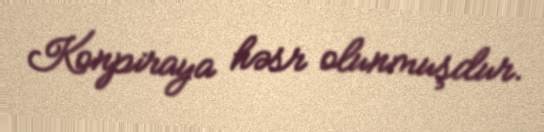
Konpiraya həsr olunmuşdur.